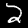
Digit: 2